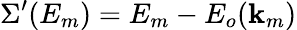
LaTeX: \Sigma^{\prime}(E_{m})=E_{m}-E_{o}(\mathbf{k}_{m})